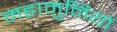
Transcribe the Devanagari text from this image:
महामुनियों